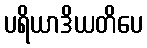
ပရိယာဒိယတိပေ